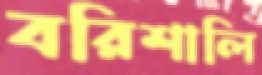
বরিশালি